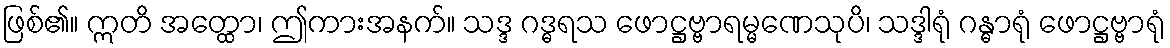
ဖြစ်၏။ ဣတိ အတ္ထော၊ ဤကားအနက်။ သဒ္ဒ ဂဒ္ဓရသ ဖောဋ္ဌဗ္ဗာရမ္မဏေသုပိ၊ သဒ္ဒါရုံ ဂန္ဓာရုံ ဖောဋ္ဌဗ္ဗာရုံ